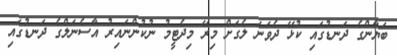
ބަޔާންގެ ދަނޑުގައި ކުޅޭ ދެވަނަ ލެގަށް މިރޭ މިދެޓީމު ނުކުންނައިރު އާސެނަލްގެ ދަނޑުގައި